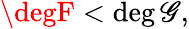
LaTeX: \degF<\deg\mathscr{G},